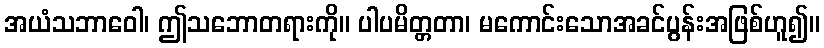
အယံသဘာဝေါ၊ ဤသဘောတရားကို။ ပါပမိတ္တတာ၊ မကောင်းသောအခင်ပွန်းအဖြစ်ဟူ၍။